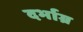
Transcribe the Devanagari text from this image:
दर्भाग्र